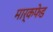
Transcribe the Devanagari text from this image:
मार्कफेड